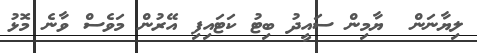
ލިޔާނަން  ޔާމިން ސައީދު ބިޓު ކަަޓައިފި އޭރުން މަވެސް ވާނެ މޮޅު